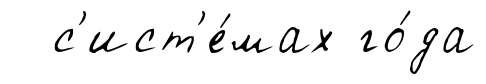
с'ист'е́мах го́да